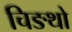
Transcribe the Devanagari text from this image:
चिङथो